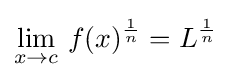
\lim _{x\to c}\,f(x)^{1 \over n}=L^{1 \over n}